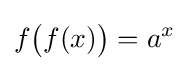
f{\bigl (}f(x){\bigr )}=a^{x}